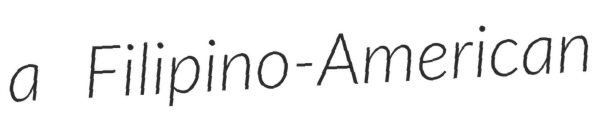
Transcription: a Filipino-American